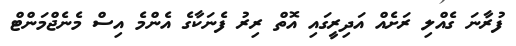
ފުރާނަ ގެއްލި ރަށެއް އަދިރީގައި އޮތް ރިރު ފެނަކާގެ އެންމެ އިސް މެނެޖްމަންޓް